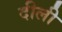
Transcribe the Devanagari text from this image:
दीली